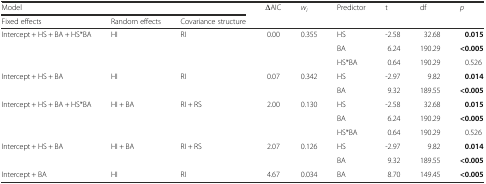
<table><thead><tr><td colspan="3"><b>Model</b></td><td rowspan="2"><b>ΔAIC</b></td><td><b><i>w</i><sub><i>i</i></sub></b></td><td rowspan="2"><b>Predictor</b></td><td rowspan="2"><b>t</b></td><td><b>df</b></td><td rowspan="2"><b><i>p</i></b></td></tr><tr><td><b>Fixed effects</b></td><td><b>Random effects</b></td><td><b>Covariance structure</b></td><td></td><td></td></tr></thead><tbody><tr><td rowspan="3">Intercept + HS + BA + HS*BA</td><td rowspan="3">HI</td><td rowspan="3">RI</td><td rowspan="3">0.00</td><td rowspan="3">0.355</td><td>HS</td><td>-2.58</td><td>32.68</td><td><b>0.015</b></td></tr><tr><td>BA</td><td>6.24</td><td>190.29</td><td><b>&lt;0.005</b></td></tr><tr><td>HS*BA</td><td>0.64</td><td>190.29</td><td>0.526</td></tr><tr><td rowspan="2">Intercept + HS + BA</td><td rowspan="2">HI</td><td rowspan="2">RI</td><td rowspan="2">0.07</td><td rowspan="2">0.342</td><td>HS</td><td>-2.97</td><td>9.82</td><td><b>0.014</b></td></tr><tr><td>BA</td><td>9.32</td><td>189.55</td><td><b>&lt;0.005</b></td></tr><tr><td rowspan="3">Intercept + HS + BA + HS*BA</td><td rowspan="3">HI + BA</td><td rowspan="3">RI + RS</td><td rowspan="3">2.00</td><td rowspan="3">0.130</td><td>HS</td><td>-2.58</td><td>32.68</td><td><b>0.015</b></td></tr><tr><td>BA</td><td>6.24</td><td>190.29</td><td><b>&lt;0.005</b></td></tr><tr><td>HS*BA</td><td>0.64</td><td>190.29</td><td>0.526</td></tr><tr><td rowspan="2">Intercept + HS + BA</td><td rowspan="2">HI + BA</td><td rowspan="2">RI + RS</td><td rowspan="2">2.07</td><td rowspan="2">0.126</td><td>HS</td><td>-2.97</td><td>9.82</td><td><b>0.014</b></td></tr><tr><td>BA</td><td>9.32</td><td>189.55</td><td><b>&lt;0.005</b></td></tr><tr><td>Intercept + BA</td><td>HI</td><td>RI</td><td>4.67</td><td>0.034</td><td>BA</td><td>8.70</td><td>149.45</td><td><b>&lt;0.005</b></td></tr></tbody></table>